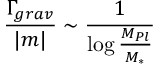
\frac { \Gamma _ { g r a v } } { | m | } \sim \frac { 1 } { \log \frac { M _ { P l } } { M _ { * } } }